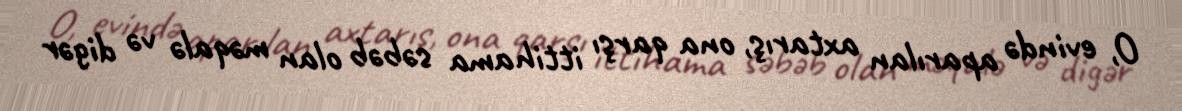
O, evində aparılan axtarış, ona qarşı ittihama səbəb olan məqalə və digər